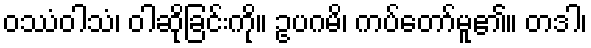
ဝဿံဝါသံ၊ ဝါဆိုခြင်းကို။ ဥပဂမိ၊ ကပ်တော်မူ၏။ တဒါ၊